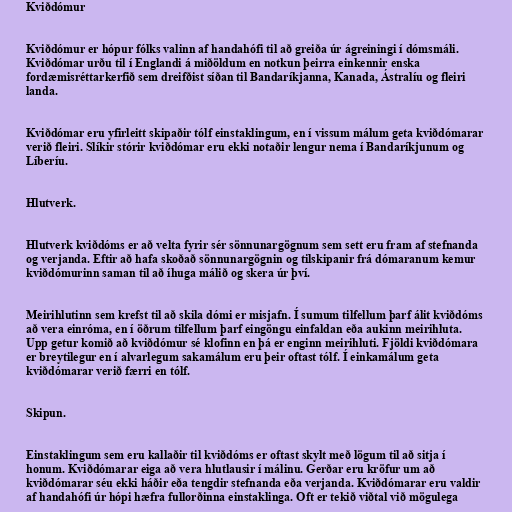
Kviðdómur

Kviðdómur er hópur fólks valinn af handahófi til að greiða úr ágreiningi í dómsmáli.
Kviðdómar urðu til í Englandi á miðöldum en notkun þeirra einkennir enska
fordæmisréttarkerfið sem dreifðist síðan til Bandaríkjanna, Kanada, Ástralíu og fleiri
landa.

Kviðdómar eru yfirleitt skipaðir tólf einstaklingum, en í vissum málum geta kviðdómarar
verið fleiri. Slíkir stórir kviðdómar eru ekki notaðir lengur nema í Bandaríkjunum og
Líberíu.

Hlutverk.

Hlutverk kviðdóms er að velta fyrir sér sönnunargögnum sem sett eru fram af stefnanda
og verjanda. Eftir að hafa skoðað sönnunargögnin og tilskipanir frá dómaranum kemur
kviðdómurinn saman til að íhuga málið og skera úr því.

Meirihlutinn sem krefst til að skila dómi er misjafn. Í sumum tilfellum þarf álit kviðdóms
að vera einróma, en í öðrum tilfellum þarf eingöngu einfaldan eða aukinn meirihluta.
Upp getur komið að kviðdómur sé klofinn en þá er enginn meirihluti. Fjöldi kviðdómara
er breytilegur en í alvarlegum sakamálum eru þeir oftast tólf. Í einkamálum geta
kviðdómarar verið færri en tólf.

Skipun.

Einstaklingum sem eru kallaðir til kviðdóms er oftast skylt með lögum til að sitja í
honum. Kviðdómarar eiga að vera hlutlausir í málinu. Gerðar eru kröfur um að
kviðdómarar séu ekki háðir eða tengdir stefnanda eða verjanda. Kviðdómarar eru valdir
af handahófi úr hópi hæfra fullorðinna einstaklinga. Oft er tekið viðtal við mögulega